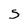
Character: 5